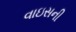
વાઇસની